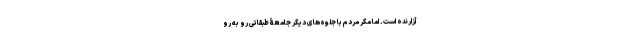
آزارنده است. اما مگر مردم با جلوه‌های دیگر جامعۀ طبقاتی رو به رو